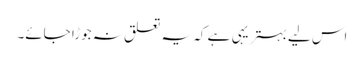
اس لیے بہتر یہی ہے کہ یہ تعلق نہ جوڑا جائے۔